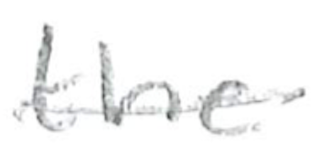
Text: the
Cross-out: single-line
Writing tool: pencil